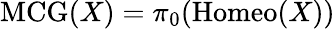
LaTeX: \mathrm{{MCG}}(X)=\pi_{0}(\mathrm{{Homeo}}(X))